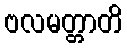
ဗလမတ္တာတိ